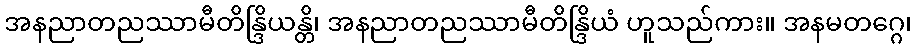
အနညာတညဿာမီတိန္ဒြိယန္တိ၊ အနညာတညဿာမီတိန္ဒြိယံ ဟူသည်ကား။ အနမတဂ္ဂေ၊